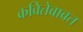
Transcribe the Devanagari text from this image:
कवितेबाबत